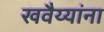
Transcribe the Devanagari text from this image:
खवैय्यांना